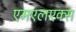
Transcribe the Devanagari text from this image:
एमएलएक्स